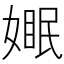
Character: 𪦓